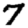
Digit: 7